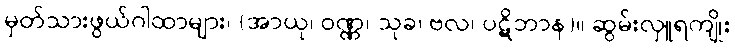
မှတ်သားဖွယ်ဂါထာများ၊ (အာယု၊ ဝဏ္ဏ၊ သုခ၊ ဗလ၊ ပဋိဘာန)။ ဆွမ်းလှူရကျိုး